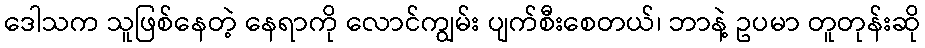
ဒေါသက သူဖြစ်နေတဲ့ နေရာကို လောင်ကျွမ်း ပျက်စီးစေတယ်၊ ဘာနဲ့ ဥပမာ တူတုန်းဆို